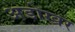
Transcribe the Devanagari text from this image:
अडोखर